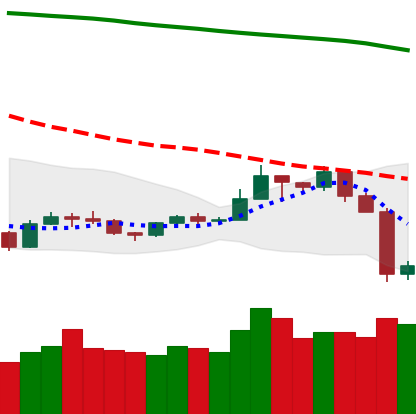
Ticker: TRX-USD
Chart end date: 2019-09-25
Forward return: 9.599%
Label: up_7plus